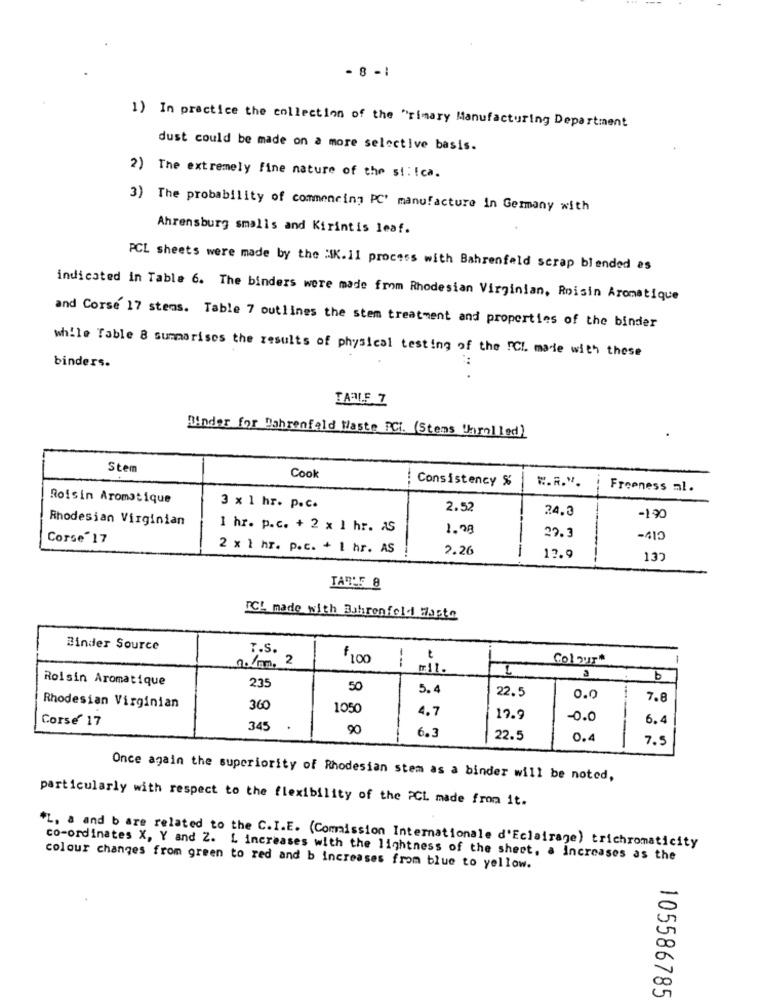
- 8 -1
1) In practice the collection of the "rimary Manufacturing Department
dust could be made on a more selective basis.
2) The extremely fine nature of the si! ! ca.
3) The probability of commencing PC' manufacture in Germany with
Ahrensburg smalls and Kirintis leaf.
PCL sheets were made by the :IK.11 process with Bahrenfeld scrap blended es
indicated in Table 6. The binders were made from Rhodesian Virginian, Roisin Aromatique
and Corse 17 stems. Table 7 outlines the stem treatment and properties of the binder
binders.
while Table 8 summarises the results of physical testing of the PCL made with these
DARLE 7
Minder for Bahrenfald Waste FC. (Stens Unrolled)
Stem
Cook
Consistency %
W.R.".
Freeness al.
Roisin Aromatique
3 × 1 hr. p.c.
2.52
24.3
Rhodesian Virginian
-190
1 hr. p.c. + 2 x 1 hr. AS
1.08
Corse"17
27.3
-410
2 × 1 hr. p.c. + 1 hr. AS
2.26
12.9
132
TAT'5 8
ICH made with Buhrenfeld Foste
Binder Source
T.S.
1.Com. 2
€100
---
Col Our*
-
11.
Roisin Aromatique
235
50
5.4
22.5
0.0
7.8
Rhodesian Virginian
360
1050
4.7
Corse 17
17.9
-0.0
6.4
345
90
6.3
22.5
0.4
7.5
Once again the superiority of Rhodesian stem as a binder will be noted,
particularly with respect to the flexibility of the PCL made from it.
*L, a and b are related to the C.I.E. (Commission Internationale d'Eclairage) trichromaticity
co-ordinates X, Y and Z. L increases with the lightness of the sheet, a increases as the
colour changes from green to red and b increases from blue to yellow.
105586785